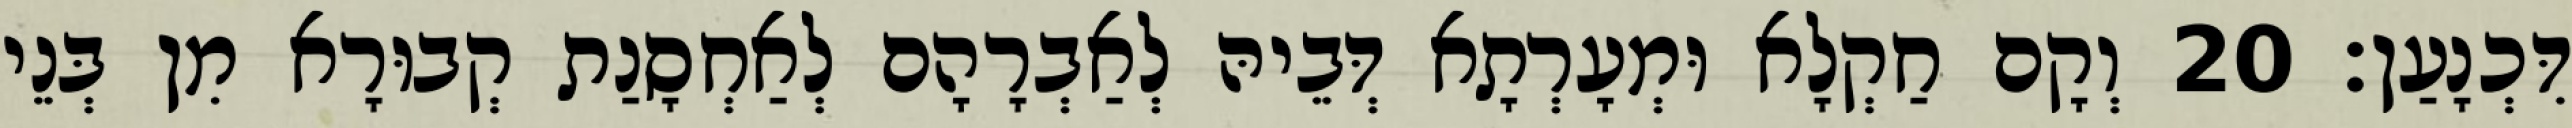
דִּכְנָעַן׃ 20 וְקָם חַקְלָא וּמְעָרְתָא דְּבֵיהּ לְאַבְרָהָם לְאַחְסָנַת קְבוּרָא מִן בְּנֵי